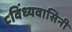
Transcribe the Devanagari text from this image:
८विंध्यवासिनी